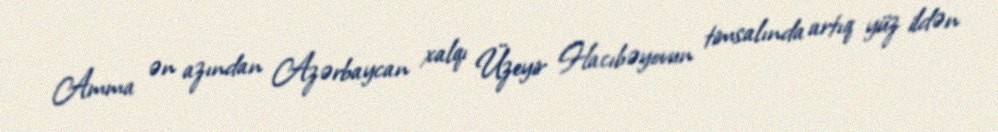
Amma ən azından Azərbaycan xalqı Üzeyir Hacıbəyovun timsalında artıq yüz ildən